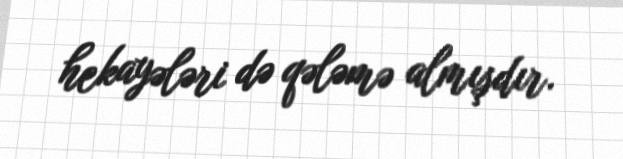
hekayələri də qələmə almışdır.